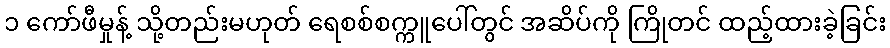
၁ ကော်ဖီမှုန့် သို့တည်းမဟုတ် ရေစစ်စက္ကူပေါ်တွင် အဆိပ်ကို ကြိုတင် ထည့်ထားခဲ့ခြင်း